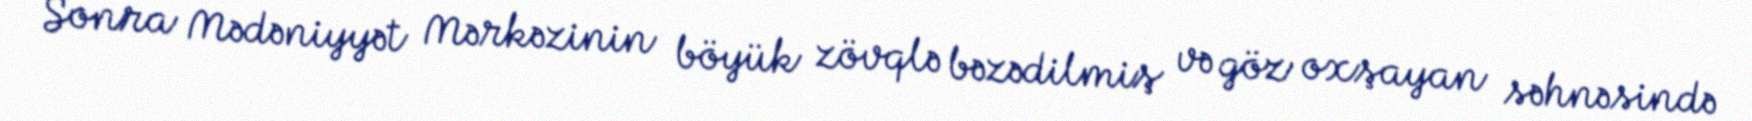
Sonra Mədəniyyət Mərkəzinin böyük zövqlə bəzədilmiş və göz oxşayan səhnəsində